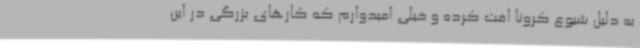
به دلیل شیوع کرونا افت کرده و خیلی امیدوارم که کارهای بزرگی در این